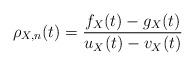
LaTeX: \begin{align*} \rho_{X,n}(t) = \frac{f_X(t) - g_X(t)}{u_X(t)-v_X(t)}\end{align*}